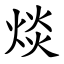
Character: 㷋